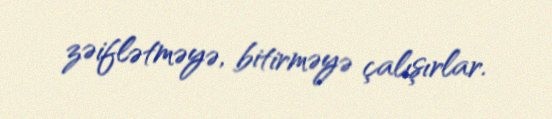
zəiflətməyə, bitirməyə çalışırlar.